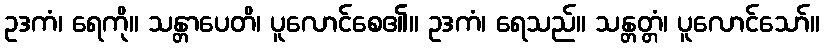
ဥဒကံ၊ ရေကို။ သန္တာပေတိ၊ ပူလောင်စေ၏။ ဥဒကံ၊ ရေသည်။ သန္တတ္တံ၊ ပူလောင်သော်။